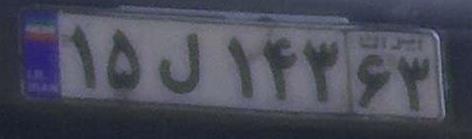
۱۵ل۱۴۳۶۳